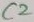
Text: C2